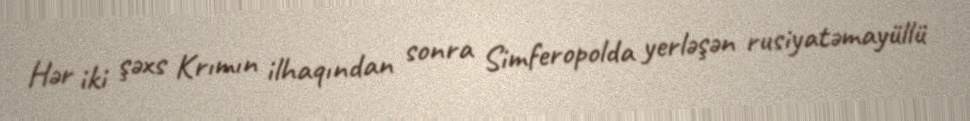
Hər iki şəxs Krımın ilhaqından sonra Simferopolda yerləşən rusiyatəmayüllü